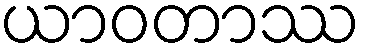
ယာဝတာဿ